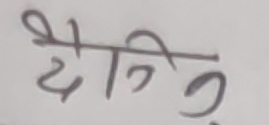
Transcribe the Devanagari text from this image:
दौडिन्